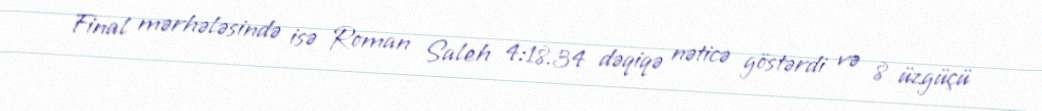
Final mərhələsində isə Roman Saleh 4:18.34 dəqiqə nəticə göstərdi və 8 üzgüçü